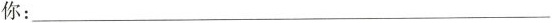
你：___